Annual statistical returns and brief notes on vaccination in Bengal - 1887-1898
Year: 1887
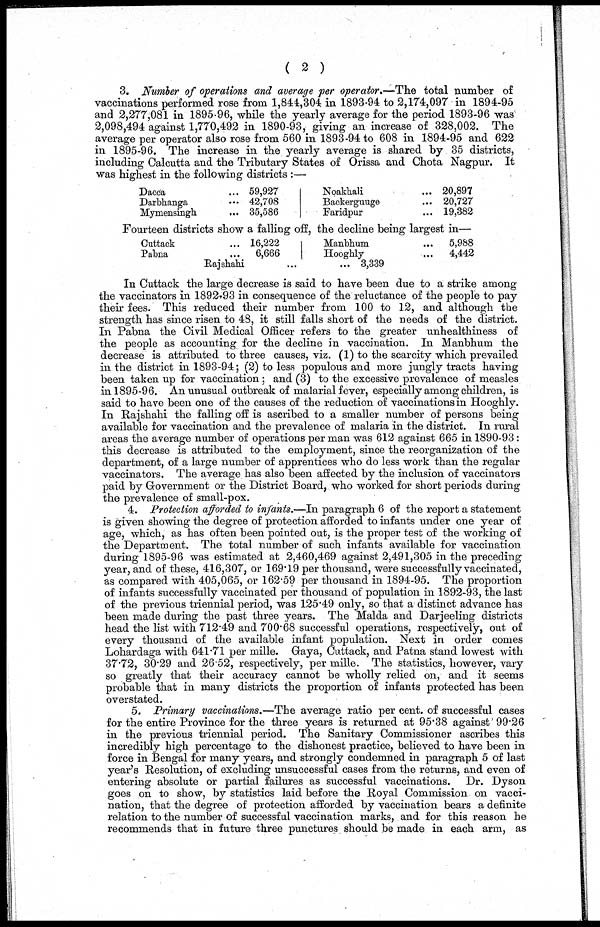
( 2 )
3. Number of operations and average per operator.—The total number of
vaccinations performed rose from 1,844,304 in 1893-94 to 2,174,097 in 1894-95
and 2,277,081 in 1895-96, while the yearly average for the period 1893-96 was
2,098,494 against 1,770,492 in 1890-93, giving an increase of 328,002. The
average per operator also rose from 560 in 1893-94 to 608 in 1894-95 and 622
in 1895-96. The increase in the yearly average is shared by 35 districts,
including Calcutta and the Tributary States of Orissa and Chota Nagpur. It
was highest in the following districts :—
Dacca ...
Darbhanga ...
Mymensingh ...
59,927
42,708
35,586
Noakhali ...
Backerguuge ...
Faridpur ...
20,897
20,727
19,382
Fourteen districts show a falling off, the decline being largest in—
Cuttack ...
Pabna ...
16,222
6,666
Manbhum ...
Hooghly ...
Rajshahi
...
5,988
4,442
3,339
In Cuttack the large decrease is said to have been due to a strike among
the vaccinators in 1892-93 in consequence of the reluctance of the people to pay
their fees. This reduced their number from 100 to 12, and although the
strength has since risen to 48, it still falls short of the needs of the district.
In Pabna the Civil Medical Officer refers to the greater unhealthiness of
the people as accounting for the decline in vaccination. In Manbhum the
decrease is attributed to three causes, viz. (1) to the scarcity which prevailed
in the district in 1893-94; (2) to less populous and more jungly tracts having
been taken up for vaccination; and (3) to the excessive prevalence of measles
in 1895-96. An unusual outbreak of malarial fever, especially among children, is
said to have been one of the causes of the reduction of vaccinations in Hooghly.
In Rajshahi the falling off is ascribed to a smaller number of persons being
available for vaccination and the prevalence of malaria in the district. In rural
areas the average number of operations per man was 612 against 665 in 1890-93:
this decrease is attributed to the employment, since the reorganization of the
department, of a large number of apprentices who do less work than the regular
vaccinators. The average has also been affected by the inclusion of vaccinators
paid by Government or the District Board, who worked for short periods during
the prevalence of small-pox.
4. Protection afforded to infants.—In paragraph 6 of the report a statement
is given showing the degree of protection afforded to infants under one year of
age, which, as has often been pointed out, is the proper test of the working of
the Department. The total number of such infants available for vaccination
during 1895-96 was estimated at 2,460,469 against 2,491,305 in the preceding
year, and of these, 416,307, or 169.19 per thousand, were successfully vaccinated,
as compared with 405,065, or 162.59 per thousand in 1894-95. The proportion
of infants successfully vaccinated per thousand of population in 1892-93, the last
of the previous triennial period, was 125.49 only, so that a distinct advance has
been made during the past three years. The Malda and Darjeeling districts
head the list with 712.49 and 700.68 successful operations, respectively, out of
every thousand of the available infant population. Next in order comes
Lohardaga with 641.71 per mille. Gaya, Cuttack, and Patna stand lowest with
37.72, 30.29 and 26.52, respectively, per mille. The statistics, however, vary
so greatly that their accuracy cannot be wholly relied on, and it seems
probable that in many districts the proportion of infants protected has been
overstated.
5. Primary vaccinations.—The average ratio per cent. of successful cases
for the entire Province for the three years is returned at 95.38 against 99.26
in the previous triennial period. The Sanitary Commissioner ascribes this
incredibly high percentage to the dishonest practice, believed to have been in
force in Bengal for many years, and strongly condemned in paragraph 5 of last
year's Resolution, of excluding unsuccessful cases from the returns, and even of
entering absolute or partial failures as successful vaccinations. Dr. Dyson
goes on to show, by statistics laid before the Royal Commission on vacci-
nation, that the degree of protection afforded by vaccination bears a definite
relation to the number of successful vaccination marks, and for this reason he
recommends that in future three punctures should be made in each arm, as